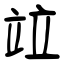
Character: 竝